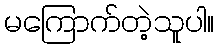
မကြောက်တဲ့သူပါ။